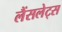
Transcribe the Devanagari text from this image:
लैंसलेट्स